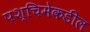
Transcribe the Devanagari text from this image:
पश्‍चिमेकडील